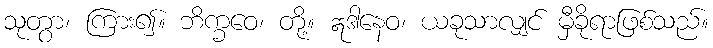
သုတွာ၊ ကြား၍။ ဘိက္ခဝေ၊ တို့။ ဣဒါနေဝ၊ ယခုသာလျှင် မှီခိုရာဖြစ်သည်။